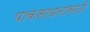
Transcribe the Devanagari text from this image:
पाकसाधनासाठी